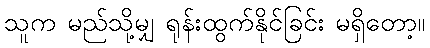
သူက မည်သို့မျှ ရုန်းထွက်နိုင်ခြင်း မရှိတော့။